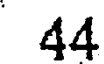
44